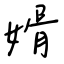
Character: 婿